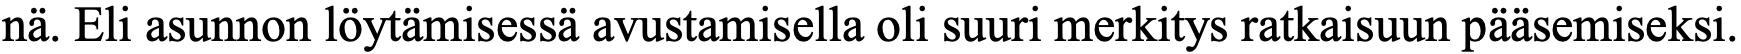
nä. Eli asunnon löytämisessä avustamisella oli suuri merkitys ratkaisuun pääsemiseksi.